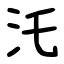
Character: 汑